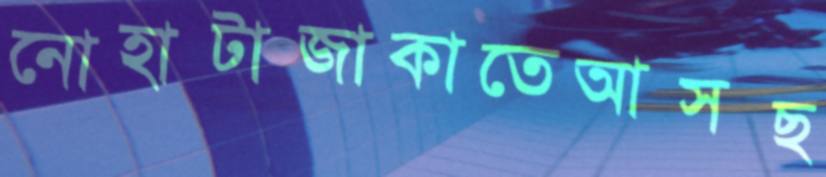
নোহাটাজাকাতেআসছ